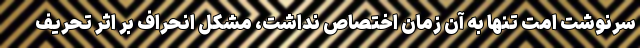
سرنوشت امت تنها به آن زمان اختصاص نداشت، مشکل انحراف بر اثر تحریف